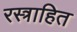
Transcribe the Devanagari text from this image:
रस्त्राहित